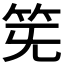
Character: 𥬗